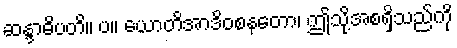
ဆန္ဒာဓိပတိ။ ပ။ ယောတိအာဒိဝစနတော၊ ဤသို့အစရှိသည်ကို